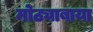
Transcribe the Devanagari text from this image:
मोठ्याबाया